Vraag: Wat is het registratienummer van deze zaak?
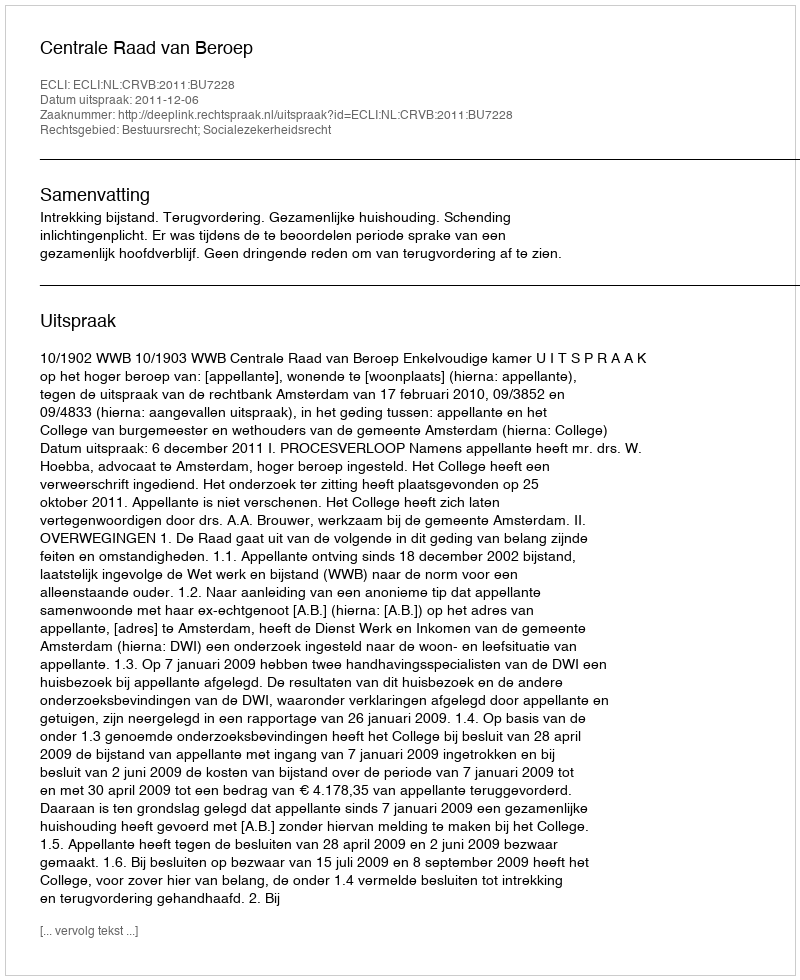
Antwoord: http://deeplink.rechtspraak.nl/uitspraak?id=ECLI:NL:CRVB:2011:BU7228